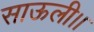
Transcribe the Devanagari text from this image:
साऊली।।